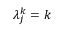
\lambda _ { j } ^ { k } = k